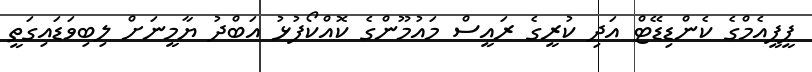
ޕީޕީއެމްގެ ކެންޑިޑޭޓް އަދި ކުރީގެ ރައީސް މައުމޫންގެ ކޮއްކޯފުޅު އަބްދު ޔާމީނަށް ލިބިވަޑައިގަތީ